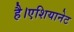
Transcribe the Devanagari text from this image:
है।एशियानेट